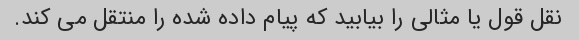
نقل قول یا مثالی را بیابید که پیام داده شده را منتقل می کند.